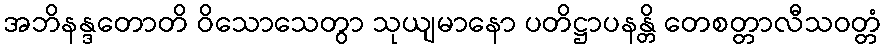
အဘိနန္ဒတောတိ ဝိသောသေတွာ သုယျမာနော ပတိဋ္ဌာပနန္တိ တေစတ္တာလီသဝတ္တံ